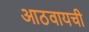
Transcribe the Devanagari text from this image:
आठवायची